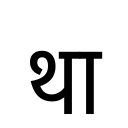
OCR:
था